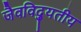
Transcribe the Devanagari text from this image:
जैवविद्युतीय